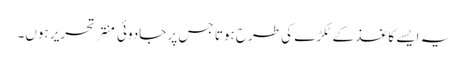
یہ ایسے کاغذ کے ٹکڑے کی طرح ہوتا جس پر جادوئی منتر تحریر ہوں۔